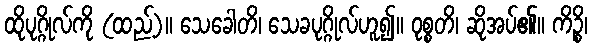
ထိုပုဂ္ဂိုလ်ကို (ထည့်)။ သေခေါတိ၊ သေခပုဂ္ဂိုလ်ဟူ၍။ ဝုစ္စတိ၊ ဆိုအပ်၏။ ကိဉ္စိ၊